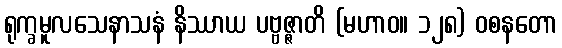
ရုက္ခမူလသေနာသနံ နိဿာယ ပဗ္ဗဇ္ဇာတိ (မဟာဝ။ ၁၂၈) ဝစနတော